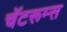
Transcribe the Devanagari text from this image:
चॅटरूम्स